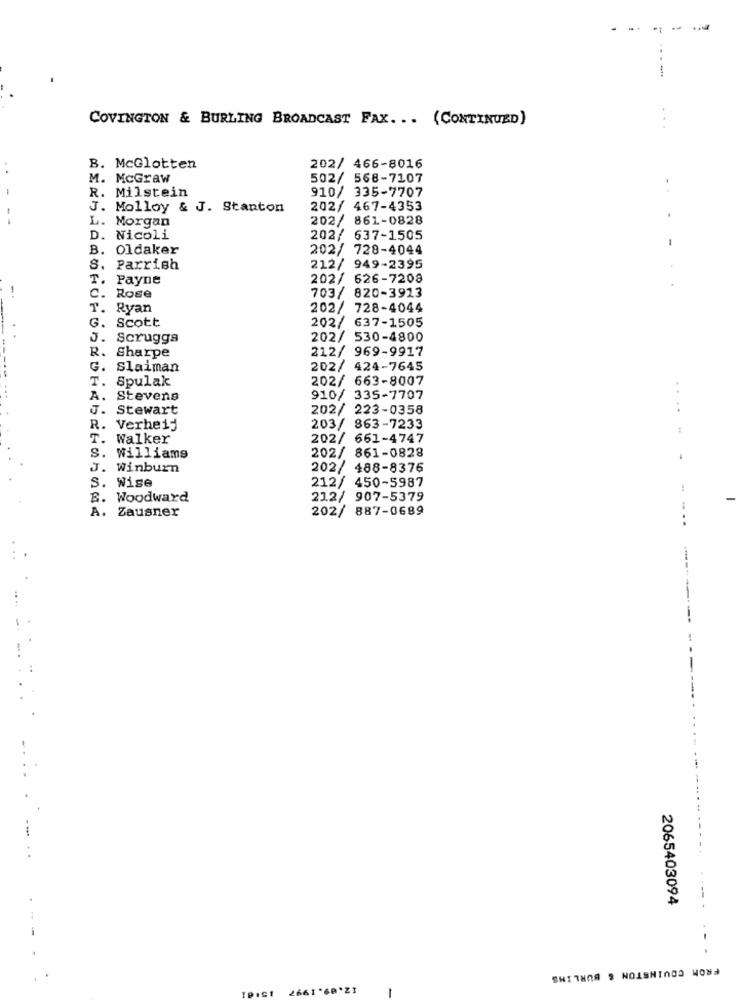
----
COVINGTON & BURLING BROADCAST FAX ... (CONTINUED)
B. McGlotten
202/ 466-8016
M. McGraw
502/ 568-7107
R. Milstein
910/ 335-7707
J. Molloy & J. Stanton
202/ 467-4353
L. Morgan
202/ 861-0828
...
D. Nicoli
202/ 637-1505
B. Oldaker
202/ 728-4044
S.
Parrish
212/ 949-2395
T.
Payne
202/ 626-7208
C.
703/ 820-3913
Rose
T.
Ryan
202/ 728-4044
G.
Scott
202/ 637-1505
J. Scruggs
202/ 530-4800
212/ 969-9917
R. Sharpe
G. Slaiman
202/ 424-7645
202/ 663-8007
T. Spulak
A.
Stevens
910/ 335-7707
J.
Stewart
202/ 223-0358
....
R. Verheij
203/ 863-7233
T.
Walker
202/ 661-4747
202/ 861-0828
S. williams
Winburn
202/ 488-8376
S. Wise
212/ 450-5987
B. Woodward
212/ 907-5379
A. Zausner
202/ 887-0689
....
--
2065403094
-
FROM COVINGTON & BURLING
2661 "6A*ZI